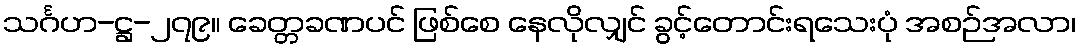
သင်္ဂဟ-ဋ္ဌ-၂၇၉။ ခေတ္တခဏပင် ဖြစ်စေ နေလိုလျှင် ခွင့်တောင်းရသေးပုံ အစဉ်အလာ၊